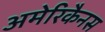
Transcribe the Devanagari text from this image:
अमेरिकैनस